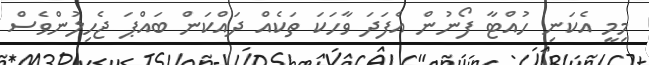
މިމީ އެކަނި ހުއްޓާ ފޯނުން އެފަދަ ވާހަކަ ތަކެއް ދައްކަން ބައްޕަ ޖެހިލުންވެސް